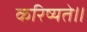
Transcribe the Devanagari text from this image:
करिष्यते॥